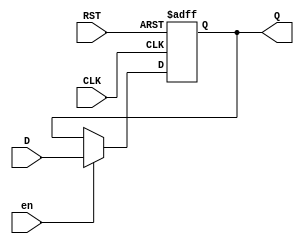
/*--  *******************************************************
--  Computer Architecture Course, Laboratory Sources 
--  Amirkabir University of Technology (Tehran Polytechnic)
--  Department of Computer Engineering (CE-AUT)
--  https://ce[dot]aut[dot]ac[dot]ir
--  *******************************************************
--  All Rights reserved (C) 2021-2022
--  *******************************************************
--  Student ID  : 
--  Student Name: 
--  Student Mail: 
--  *******************************************************
--  Additional Comments:
--
--*/

/*-----------------------------------------------------------
---  Module Name: register
-----------------------------------------------------------*/
`timescale 1 ns/1 ns

module register(
input [7:0] D,
input CLK, 
input RST,
input en,
output reg[7:0] Q
);
    always @(posedge CLK or negedge RST) begin
        if (RST == 1'b0) begin
            Q <= 8'b00000000;
        end
        else begin
            if (en == 1'b1) begin
                Q <= D;
            end
        end
    end

endmodule